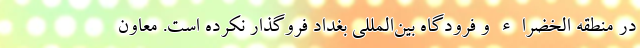
در منطقه الخضراء و فرودگاه بین‌المللی بغداد فروگذار نکرده است. معاون